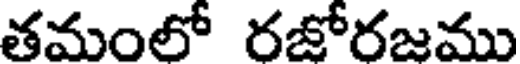
తమంలో రజోరజము